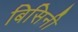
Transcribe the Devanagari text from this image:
बिसिनी